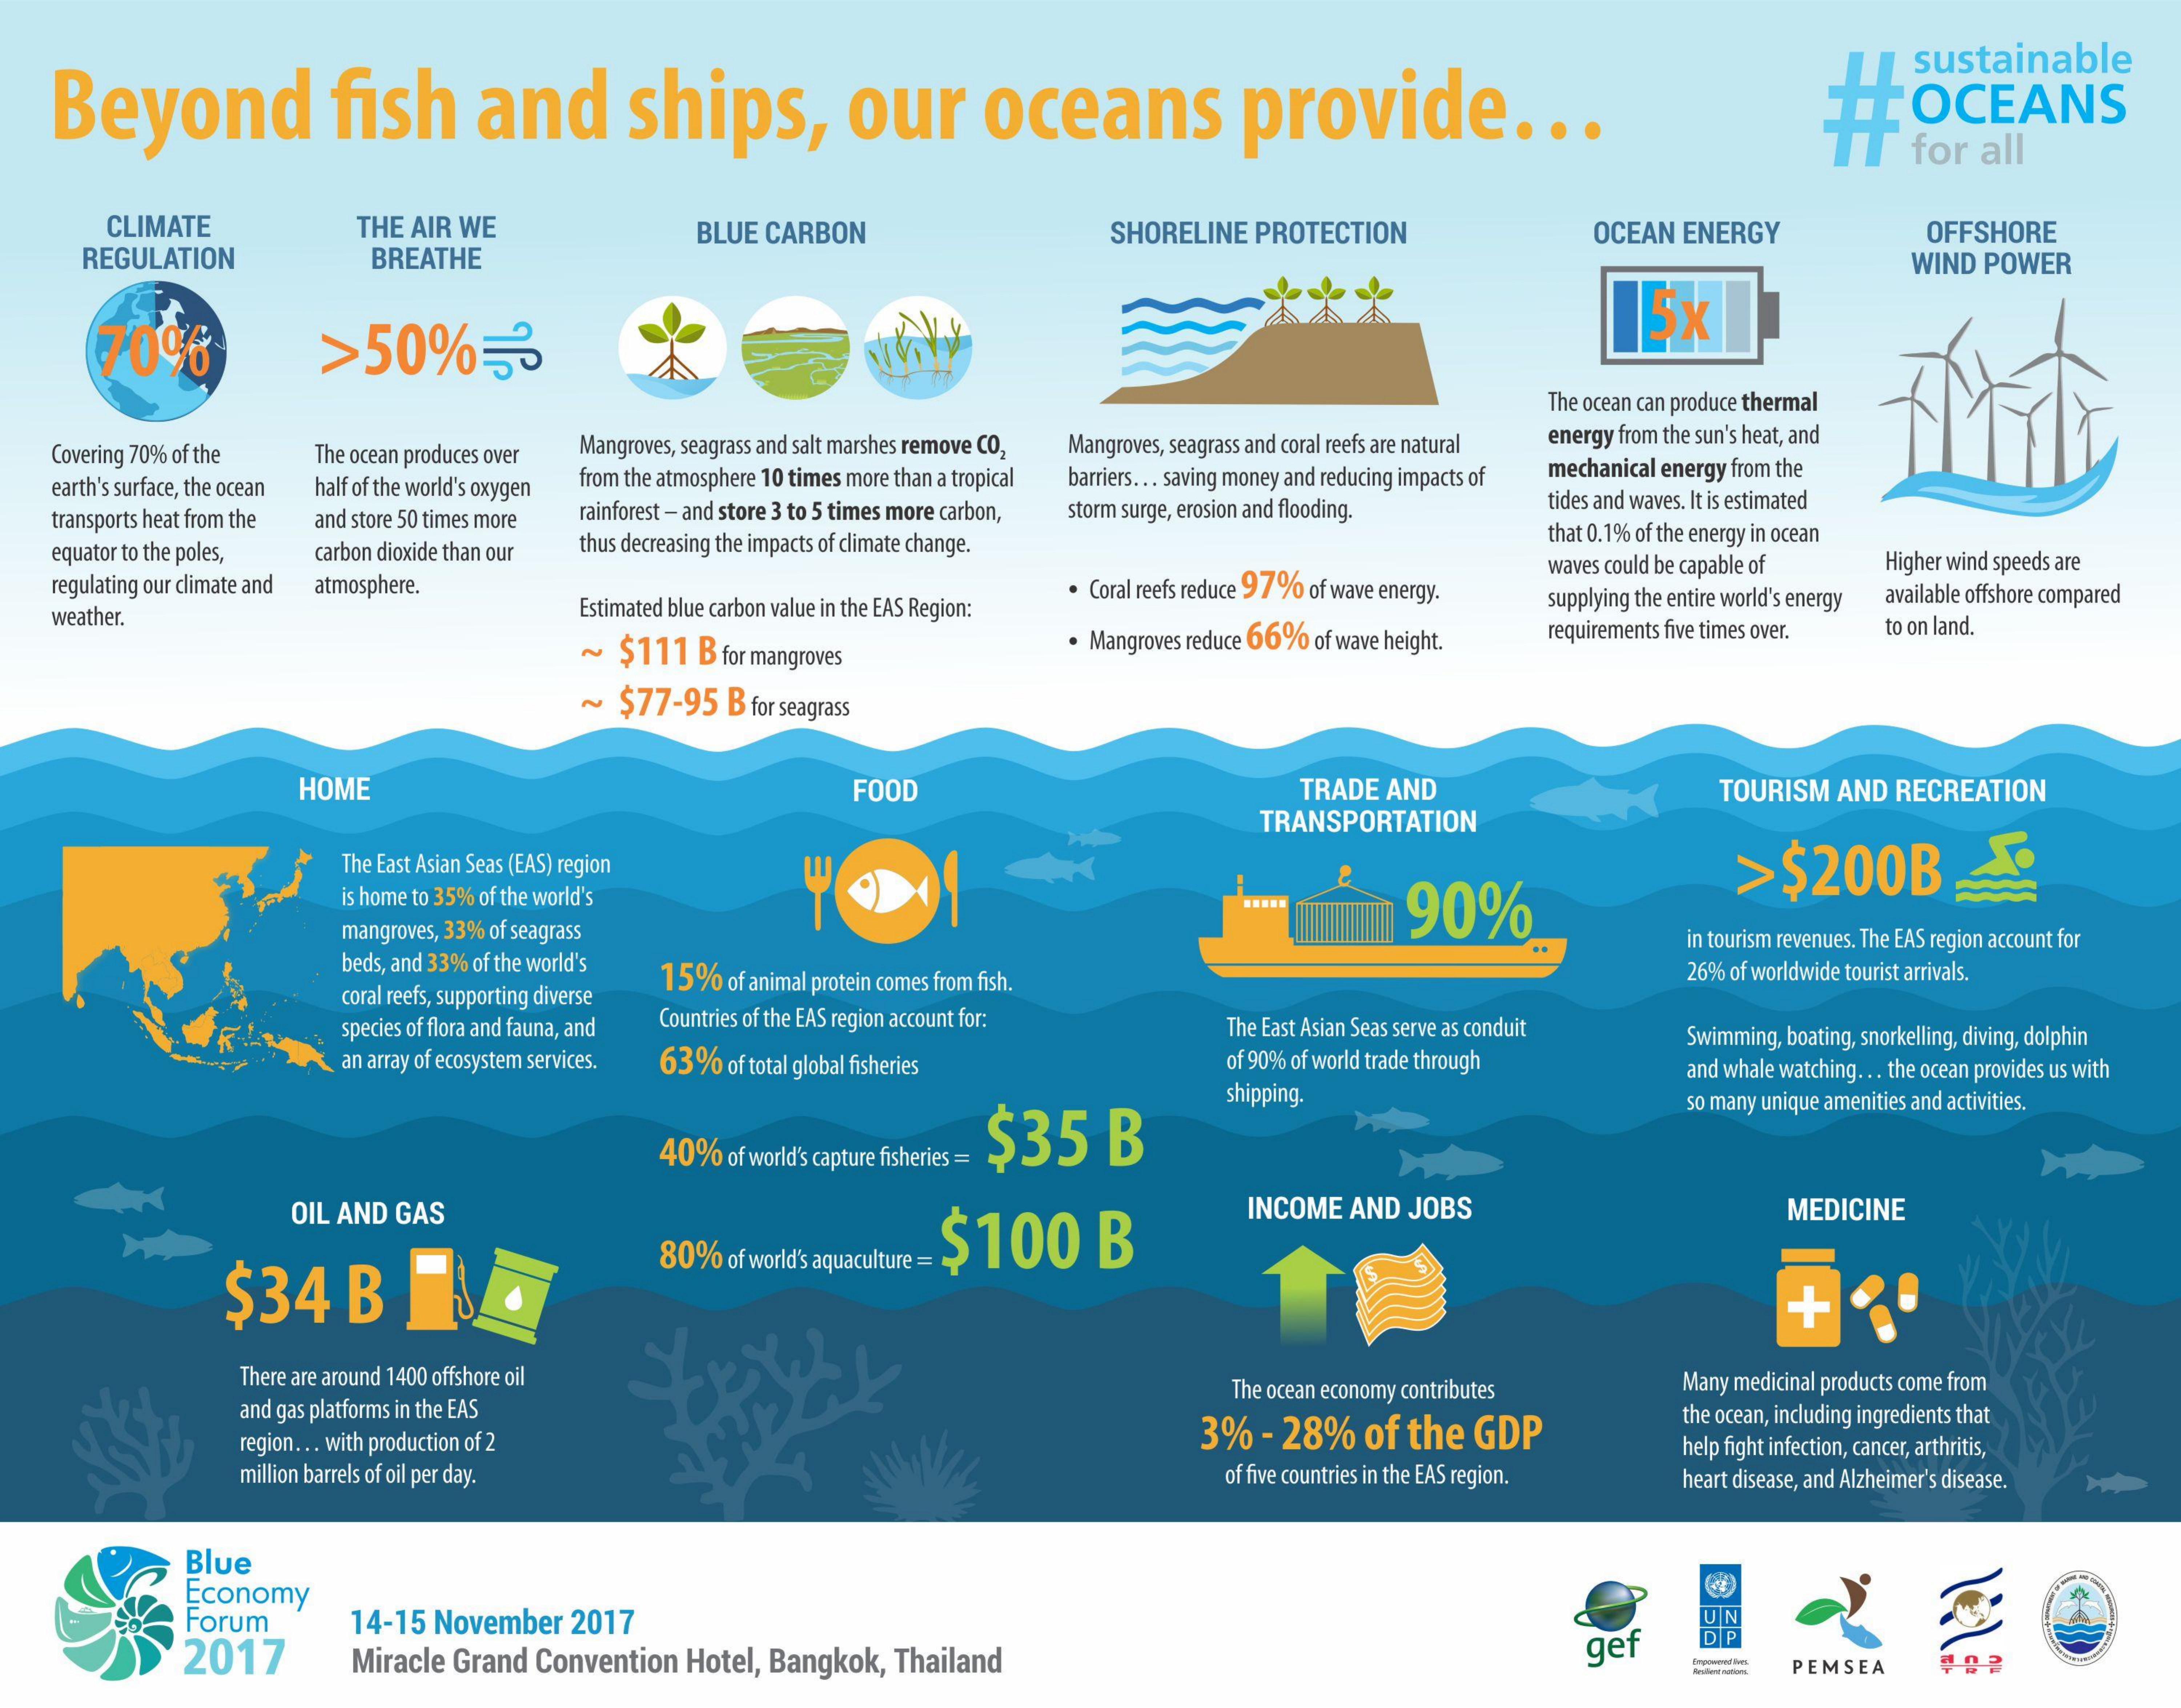
Beyond    fish    and    ships,    our    oceans    provide    ...
     sustainable
     #    OCEAN'S
     for   all
     CLIMATE    THE AIR  WE
     REGULATION    BREATHE
     BLUE  CARBON    SHORELINE   PROTECTION    OCEAN  ENERGY    OFFSHORE
     WIND  POWER
     70%    >50%53
     5x
     The ocean can produce thermal
     Covering 70% of the   The ocean produces over Mangroves, seagrass and salt marshes remove CO2 Mangroves, seagrass and coral reefs are natural energy from the sun's heat, and
     earth's surface, the ocean half of the world's oxygen from the atmosphere 10 times more than a tropical barriers ... saving money and reducing impacts of mechanical energy from the
     transports heat from the and store 50 times more rainforest - and store 3 to 5 times more carbon, storm surge, erosion and flooding. tides and waves. It is estimated
     equator to the poles, carbon dioxide than our thus decreasing the impacts of climate change.    that 0.1% of the energy in ocean
     regulating our climate and atmosphere.    · Coral reefs reduce 97% of wave energy.
     waves could be capable of    Higher wind speeds are
     weather.    Estimated blue carbon value in the EAS Region:    supplying the entire world's energy available offshore compared
     ~  $111   B for mangroves    . Mangroves reduce 66% of wave height.   requirements five times over. to on land.
     ~  $77-95    B for seagrass
     HOME    FOOD    TRADE  AND    TOURISM   AND  RECREATION
     TRANSPORTATION
     The East Asian Seas (EAS) region    >$200B
     is home to 35% of the world's    90%
     mangroves, 33% of seagrass
     beds, and 33% of the world's
     in tourism revenues. The EAS region account for
     coral reefs, supporting diverse
     15%   of animal protein comes from fish.    26% of worldwide tourist arrivals.
     species of flora and fauna, and Countries of the EAS region account for:    The East Asian Seas serve as conduit
     an array of ecosystem services. 63% of total global fisheries    of 90% of world trade through
     Swimming, boating, snorkelling, diving, dolphin
     and whale watching. .. the ocean provides us with
     40%   of world's capture fisheries =
     $35    B
     shipping.    so many unique amenities and activities.
     OIL AND  GAS
     $34    B
     $100    B
     INCOME   AND  JOBS    MEDICINE
     80%   of world's aquaculture =
     There are around 1400 offshore oil    Many medicinal products come from
     and gas platforms in the EAS
     The ocean economy contributes
     the ocean, including ingredients that
     region ... with production of 2    3%   - 28%   of  the   GDP
     million barrels of oil per day.    of five countries in the EAS region.
     help fight infection, cancer, arthritis,
     heart disease, and Alzheimer's disease.
     Blue
     Economy
     Forum    UN
     2017
     14-15  November    2017
     Miracle Grand  Convention   Hotel, Bangkok,   Thailand    gef
     DP
     PEMSEA